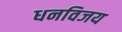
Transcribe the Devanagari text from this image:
धनविजय